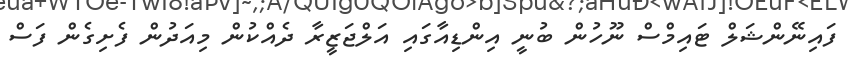
ފައިނޭންޝަލް ޓައިމްސް ނޫހުން ބުނީ އިންޑިއާގައި އަލްޖަޒީރާ ދެއްކުން މިއަދުން ފެށިގެން ފަސް